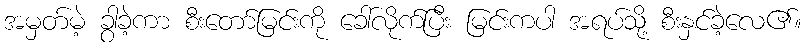
အမှတ်မဲ့ ခွာခဲ့ကာ စီးတော်မြင်းကို ခေါ်လိုက်ပြီး မြင်းကပါ အရပ်သို့ စီးနှင်ခဲ့လေ၏။